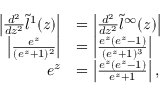
\begin{array} { r l } { \left| \frac { d ^ { 2 } } { d z ^ { 2 } } \tilde { l } ^ { 1 } ( z ) \right| } & { = \left| \frac { d ^ { 2 } } { d z ^ { 2 } } \tilde { l } ^ { \infty } ( z ) \right| } \\ { \left| \frac { e ^ { z } } { ( e ^ { z } + 1 ) ^ { 2 } } \right| } & { = \left| \frac { e ^ { z } ( e ^ { z } - 1 ) } { ( e ^ { z } + 1 ) ^ { 3 } } \right| } \\ { e ^ { z } } & { = \left| \frac { e ^ { z } ( e ^ { z } - 1 ) } { e ^ { z } + 1 } \right| , } \end{array}